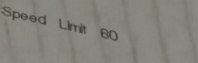
Speed Limit 60